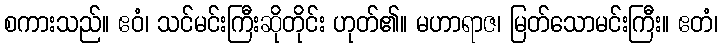
စကားသည်။ ဧဝံ၊ သင်မင်းကြီးဆိုတိုင်း ဟုတ်၏။ မဟာရာဇ၊ မြတ်သောမင်းကြီး။ ဧတံ၊